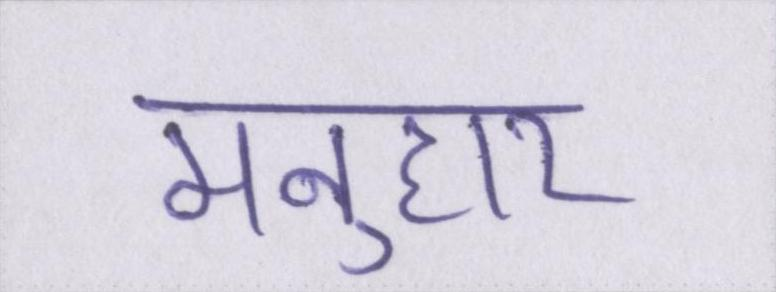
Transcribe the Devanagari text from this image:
मनुहार